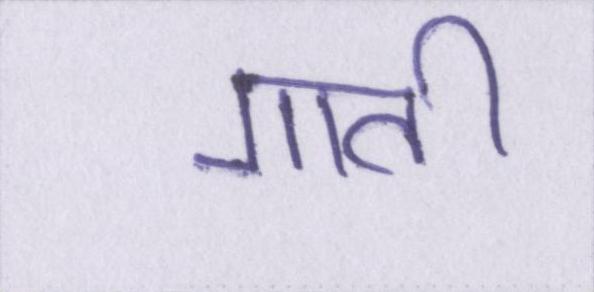
गाती